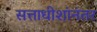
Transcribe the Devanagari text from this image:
सत्ताधीशांनंतर